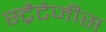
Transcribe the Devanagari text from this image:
स्ट्रैटेजीस